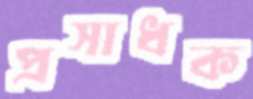
প্রসাধক